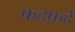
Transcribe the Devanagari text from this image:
फदफदे